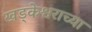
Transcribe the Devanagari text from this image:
खड्केश्वराच्या